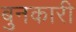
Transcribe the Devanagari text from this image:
बुनकारी